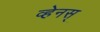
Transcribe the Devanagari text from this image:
व्हेनस्